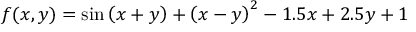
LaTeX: f ( x , y ) = \sin \left( x + y \right) + \left( x - y \right) ^ { 2 } - 1 . 5 x + 2 . 5 y + 1